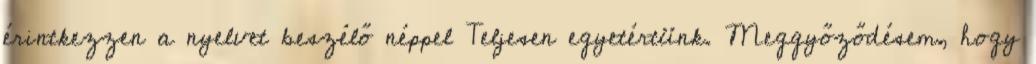
érintkezzen a nyelvet beszélő néppel Teljesen egyetértünk. Meggyőződésem, hogy